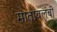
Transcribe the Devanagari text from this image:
मातावलंबी